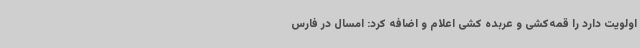
اولویت دارد را قمه‌کشی و عربده کشی اعلام و اضافه کرد: امسال در فارس